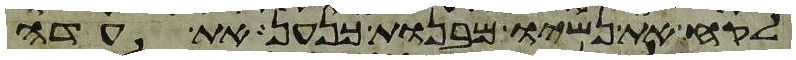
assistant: לקח את נשיו מבנות כנען את עדה